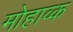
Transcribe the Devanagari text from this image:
मोहाव्क